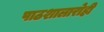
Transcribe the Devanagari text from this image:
पाठशालारोही